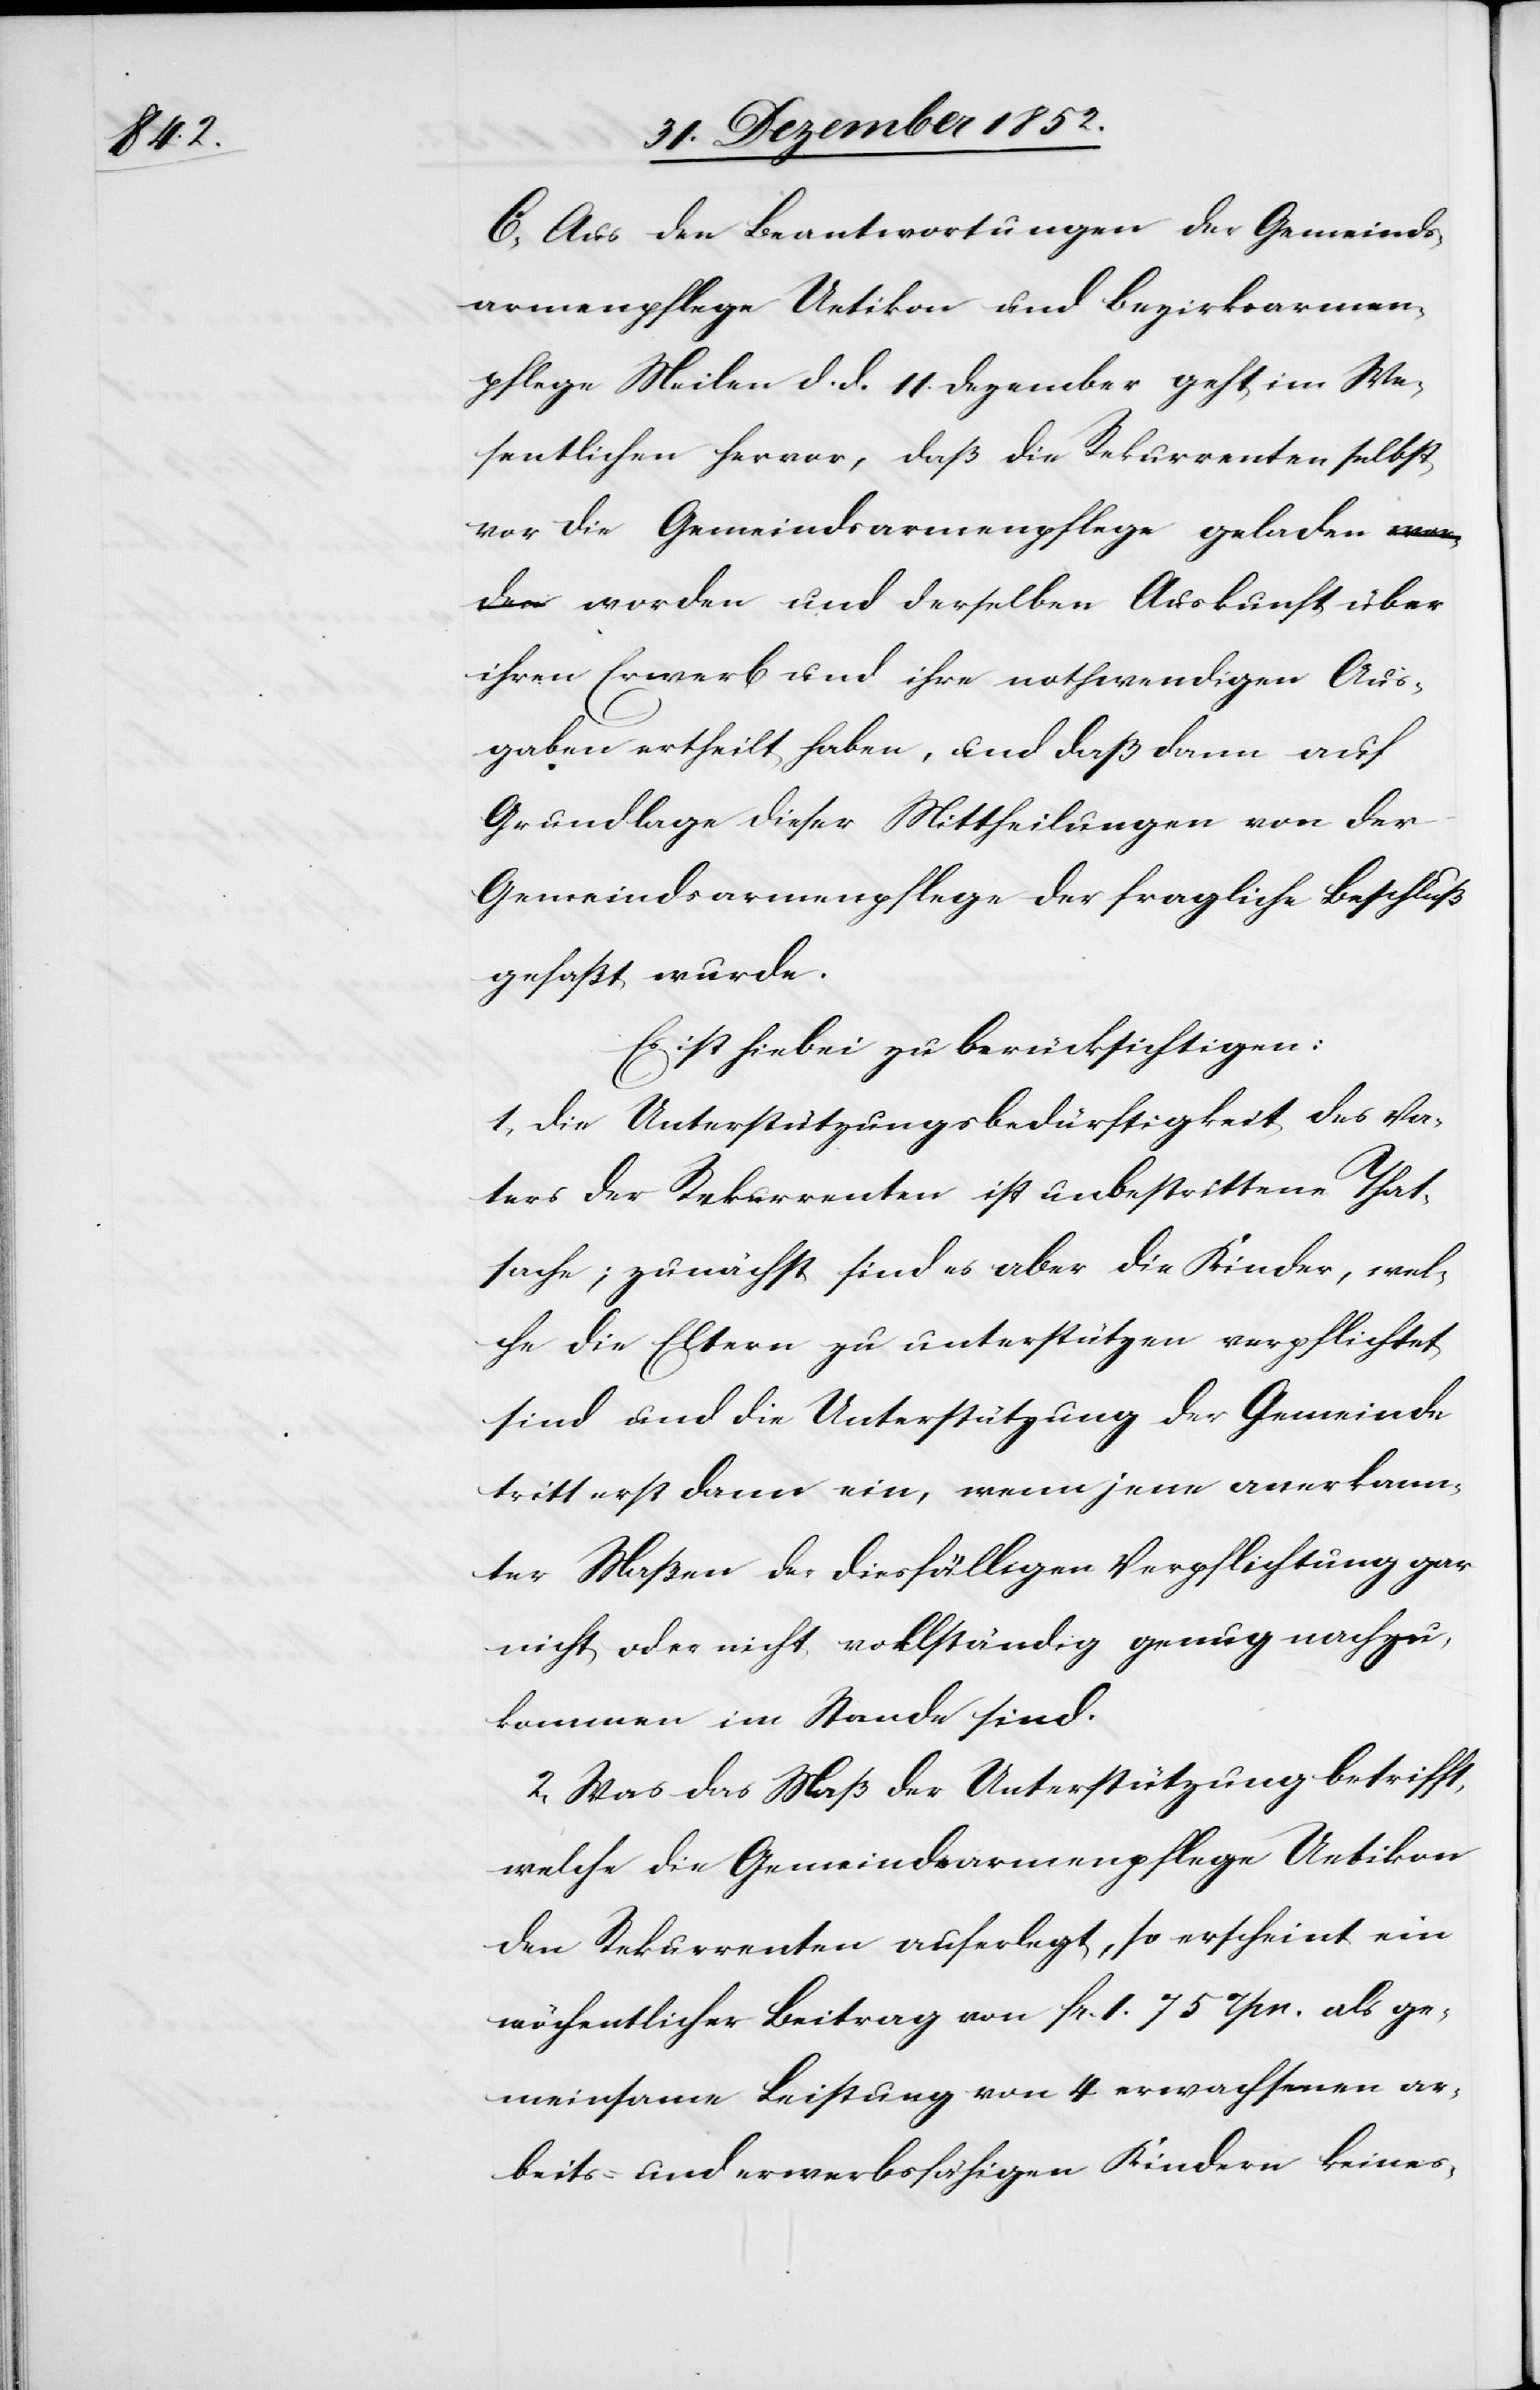
C, Aus den Beantwortungen der Gemeinds¬
armenpflege Uetikon und Bezirksarmen¬
pflege Meilen d. d. 11. Dezember geht im We¬
sentlichen hervor, daß die Rekurrenten selbst
vor die Gemeindsarmenpflege gelade¬
n worden und derselben Auskunft über
ihren Erwerb und ihre nothwendigen Aus¬
gaben ertheilt haben, und daß dann auf
Grundlage dieser Mittheilungen von der
Gemeindsarmenpflege der fragliche Beschluß
gefaßt wurde.
Es ist hiebei zu berücksichtigen:
1, Die Unterstützungsbedürftigkeit des Va¬
ters der Rekurrenten ist unbestrittene That¬
sache; zunächst sind es aber die Kinder, wel¬
che die Eltern zu unterstützen verpflichtet
sind und die Unterstützung der Gemeinde
tritt erst dann ein, wenn jene anerkann¬
ter Maßen der diesfälligen Verpflichtung gar
nicht oder nicht vollständig genug nachzu¬
kommen im Stande sind.
2, Was das Maß der Unterstützung betrifft,
welche die Gemeindsarmenpflege Uetikon
den Rekurrenten auferlegt, so erscheint ein
wöchentlicher Beitrag von fr. 1. 75 rpn. als ge¬
meinsame Leistung von 4 erwachsenen ar¬
beits- und erwerbsfähigen Kindern keines-